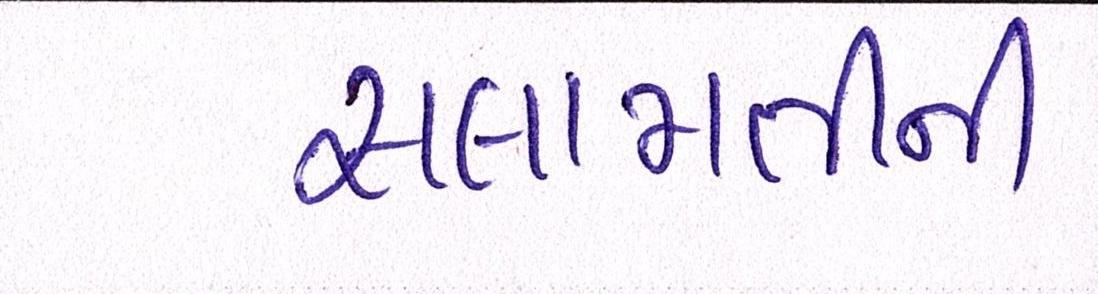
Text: સલામતીની